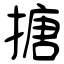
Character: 搪